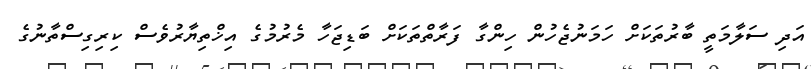
އަދި ސަލާމަތީ ބާރުތަކަށް ހަމަނުޖެހުން ހިންގާ ފަރާތްތަކަށް ބަޑިޖަހާ މެރުމުގެ އިޚްތިޔާރުވެސް ކިރިގިސްތާނުގެ